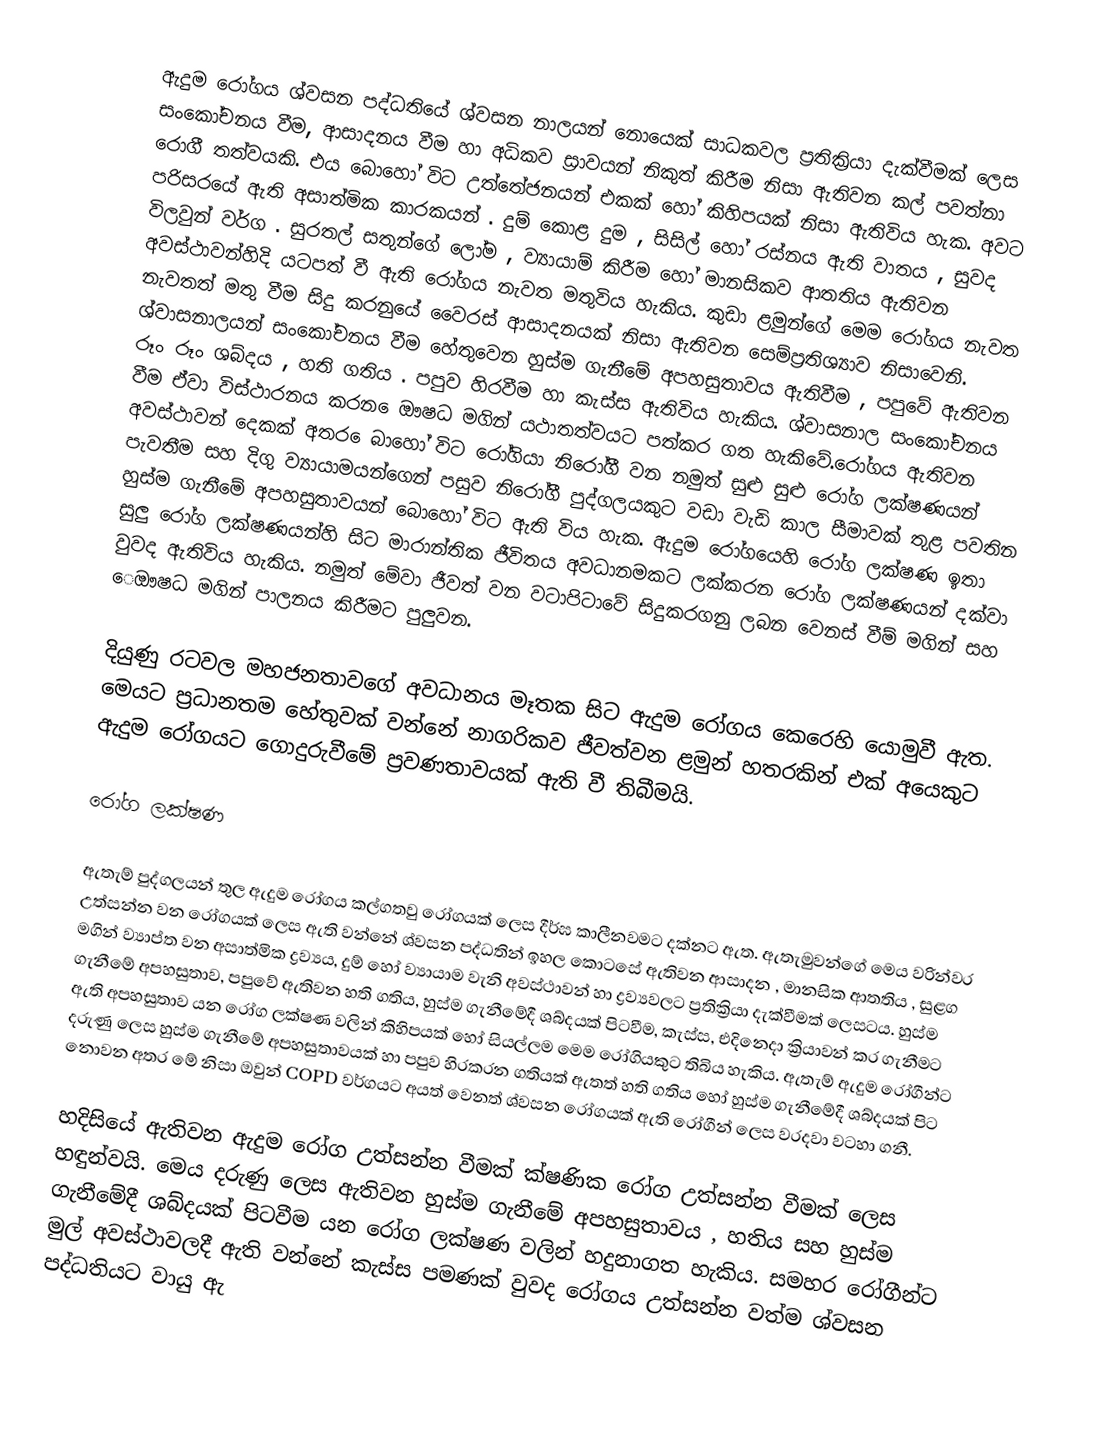
ඇදුම රෝගය ශ්වසන පද්ධතියේ ශ්වසන නාලයන් නොයෙක් සාධකවල ප්‍රතික්‍රියා දැක්වීමක් ලෙස සංකෝචනය වීම, ආසාදනය වීම හා අධිකව ස්‍රාවයන් නිකුත් කිරීම නිසා ඇතිවන කල් පවත්නා රොගී තත්වයකි. එය බොහෝ විට උත්තේජනයන් එකක් හෝ කිහිපයක් නිසා ඇතිවිය හැක. අවට පරිසරයේ ඇති අසාත්මික කාරකයන් . දුම් කොළ දුම , සිසිල් හෝ රස්නය ඇති වාතය , සුවද විලවුන් වර්ග . සුරතල් සතුන්ගේ ලෝම , ව්‍යායාම් කිරීම හෝ මානසිකව ආතතිය ඇතිවන අවස්ථාවන්හිදි යටපත් වී ඇති රෝගය නැවත මතුවිය හැකිය. කුඩා ළමුන්ගේ මෙම රෝගය නැවත නැවතත් මතු වීම සිදු කරනුයේ වෛරස් ආසාදනයක් නිසා ඇතිවන සෙම්ප්‍රතිශ්‍යාව නිසාවෙනි. ශ්වාසනාලයන් සංකෝචනය වීම හේතුවෙන හුස්ම ගැනීමේ අපහසුතාවය ඇතිවීම , පපුවේ ඇතිවන රූං රූං ශබ්දය , හති ගතිය . පපුව හිරවීම හා කැස්ස ඇතිවිය හැකිය. ශ්වාසනාල සංකෝචනය වීම ඒවා විස්ථාරනය කරන ‍‍‍‍‍‍ෙඖෂධ මගින් යථාතත්වයට පත්කර ගත හැකිවේ.රෝගය ඇතිවන අවස්ථාවන් දෙකක් අතර ‍ෙ‍බාහෝ විට රෝගියා නිරෝගී වන නමුත් සුළු ‍සුළු රෝග ලක්ෂණයන් පැවතීම සහ දිගු ව්‍යායාමයන්ගෙන් පසුව නිරෝගී පුද්ගලයකු‍ට වඩා වැඩි කාල සීමාවක් තුළ පවතින හුස්ම ගැනීමේ අපහසුතාවයන් බොහෝ විට ඇති විය හැක. ඇදුම රෝගයෙහි රෝග ලක්ෂණ ඉතා සුලු රෝග ලක්ෂණයන්හි සිට මාරාන්තික ජීවිතය අවධානමකට ලක්කරන රෝග ලක්ෂණයන් දක්වා වුවද ඇතිවිය හැකිය. නමුත් මේවා ජීවත් වන වටාපිටාවේ සිදුකරගනු ලබන වෙනස් වීම් මගින් සහ ‍ෙඖෂධ මගින් පාලනය කිරීමට පුලුවන.

දියුණු රටවල මහජනතාවගේ අවධානය මෑතක සිට ඇදුම රෝගය කෙරෙහි යොමුවී ඇත. මෙයට ප්‍රධානතම හේතුවක් වන්නේ නාගරිකව ජීවත්වන ළමුන් හතරකින් එක් අයෙකුට ඇදුම රෝගයට ගොදුරුවීමේ ප්‍රවණතාවයක් ඇති වී තිබීමයි.

රෝග ලක්ෂණ

ඇතැම් පුද්ගලයන් තුල ඇදුම රෝගය කල්ගතවු රෝගයක් ලෙස දීර්ඝ කාලීනවමට දක්නට ඇත. ඇතැමුවන්ගේ මෙය වරින්වර උත්සන්න වන රෝගයක් ලෙස ඇති වන්නේ ශ්වසන පද්ධතින් ඉහල කොටසේ ඇතිවන ආසාදන , මානසික ආතතිය , සුළග මගින් ව්‍යාප්ත වන අසාත්මික ද්‍රව්‍යය, දුම් හෝ ව්‍යායාම වැනි අවස්ථාවන් හා ද්‍රව්‍යවලට ප්‍රතික්‍රියා දැක්වීමක් ලෙසටය. හුස්ම ගැනීමේ අපහසුතාව, පපුවේ ඇතිවන හති ගතිය, හුස්ම ගැනීමේදී ශබ්දයක් පිටවීම, කැස්ස, එදිනෙදා ක්‍රියාවන් කර ගැනීමට ඇති අපහසුතාව යන රෝග ලක්ෂණ වලින් කිහිපයක් හෝ සියල්ලම මෙම රෝගියකුට තිබිය හැකිය. ඇතැම් ඇදුම රෝගීන්ට දරුණු ලෙස හුස්ම ගැනීමේ අපහසුතාවයක් හා පපුව හිරකරන ගතියක් ඇතත් හති ගතිය හෝ හුස්ම ගැනීමේදී ශබ්දයක් පිට නොවන අතර මේ නිසා ඔවුන් COPD වර්ගයට අයත් වෙනත් ශ්වසන රෝගයක් ඇති රෝගීන් ලෙස වරදවා වටහා ගනී.

හදිසියේ ඇතිවන ඇදුම රෝග උත්සන්න වීමක් ක්ෂණික රෝග උත්සන්න වීමක් ලෙස හඳුන්වයි. මෙය දරුණු ලෙස ඇතිවන හුස්ම ගැනීමේ අපහසුතාවය	, හතිය සහ හුස්ම ගැනීමේදී ශබ්දයක් පිටවීම යන රෝග ලක්ෂණ වලින් හදුනාගත හැකිය. සමහර රෝගීන්ට මුල් අවස්ථාවලදී ඇති වන්නේ කැස්ස පමණක් වුවද රෝගය උත්සන්න වත්ම ශ්වසන පද්ධතියට වායු ඇ